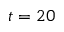
t = 2 0